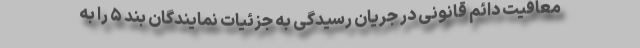
معافیت دائم قانونی در جریان رسیدگی به جزئیات نمایندگان بند ۵ را به